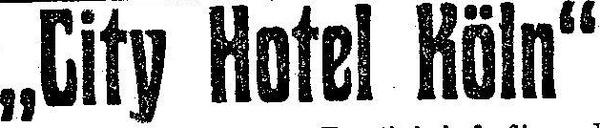
„City Hotel Köln“